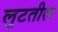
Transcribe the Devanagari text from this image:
लुटतील